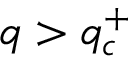
q > q _ { c } ^ { + }